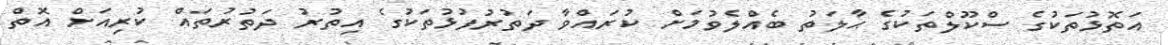
އަތޮޅުތަކުގެ ސްކޫލްތަކުގެ ޙާލަތު ބެއްލެވުމަށް ކުރައްވާ ދަތުރުފުޅުތަކުގެ އިތުރު ދަތުރުތައް ކުރިއަށް އޮތް